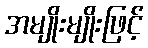
အမျိုးမျိုးဖြင့်